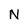
Character: N